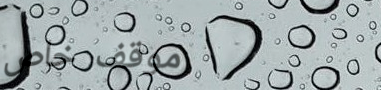
موقف خاص